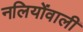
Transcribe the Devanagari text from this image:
नलियोंवाली